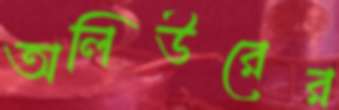
অলিউরের